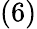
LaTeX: (6)